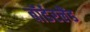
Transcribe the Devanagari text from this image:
बॉर्डरलैंड